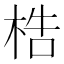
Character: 梏